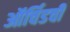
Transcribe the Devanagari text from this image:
ऑर्चिडची